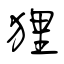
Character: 狸